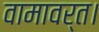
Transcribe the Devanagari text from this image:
वामावर्त।